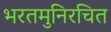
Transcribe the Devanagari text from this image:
भरतमुनिरचित